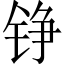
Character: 铮